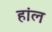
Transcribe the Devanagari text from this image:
हांल